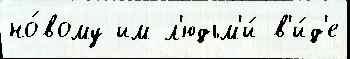
но́вому им л'юдьм'и́ в'и́д'е